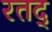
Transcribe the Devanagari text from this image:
रतद्